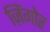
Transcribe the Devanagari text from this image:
ज़िंगोर